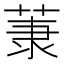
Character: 𫈤